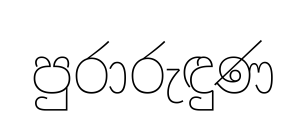
පුරාරුඳුණ